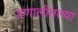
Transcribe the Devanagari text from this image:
प्रणालीतल्या